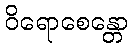
ဝိရောစေန္တော